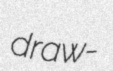
draw-